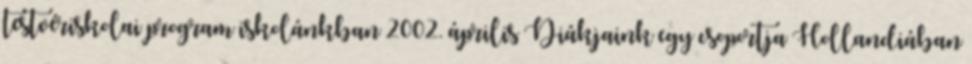
testvériskolai program iskolánkban 2002. április Diákjaink egy csoportja Hollandiában